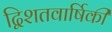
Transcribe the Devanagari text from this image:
द्विशतवार्षिकी